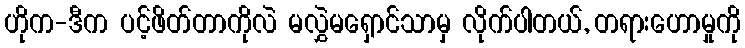
ဟိုက-ဒီက ပင့်ဖိတ်တာကိုလဲ မလွှဲမရှောင်သာမှ လိုက်ပါတယ်, တရားဟောမှုကို